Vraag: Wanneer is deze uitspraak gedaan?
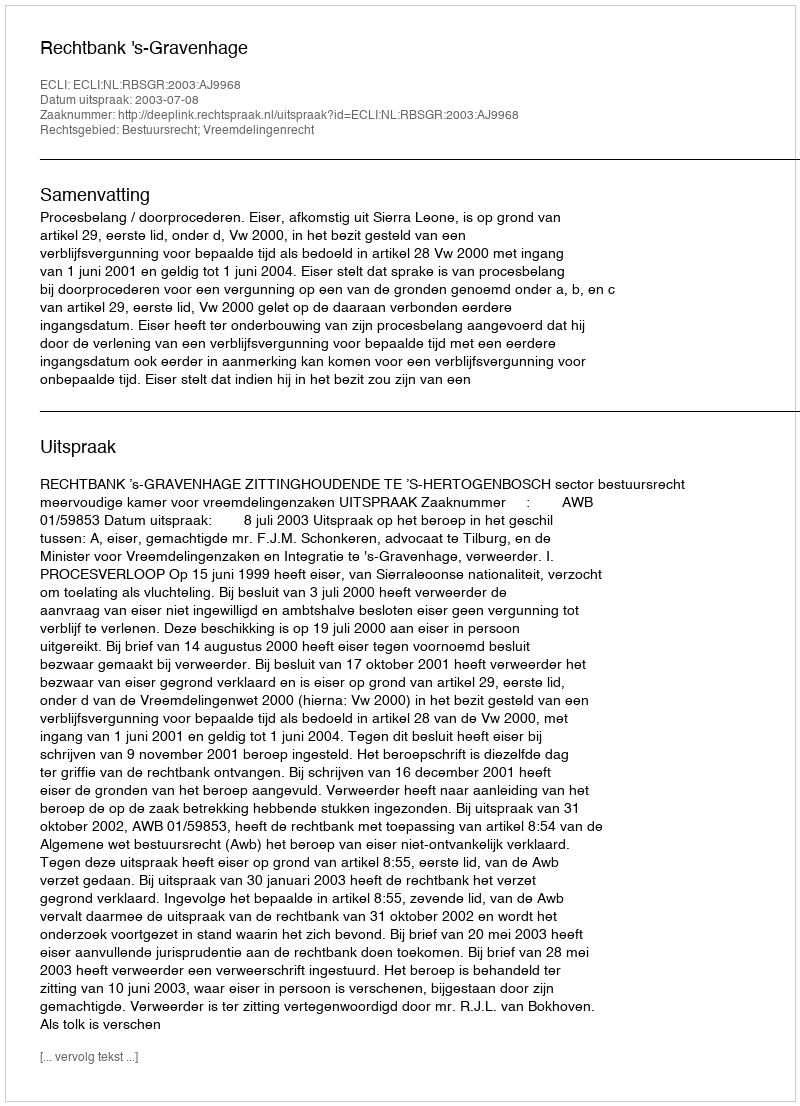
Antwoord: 2003-07-08